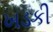
ખડકી